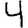
Digit: 4